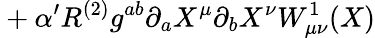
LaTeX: {}+\alpha^{\prime}R^{(2)}g^{ab}\partial_{a}X^{\mu}\partial_{b}X^{\nu}W_{\mu\nu}^{1}(X)